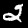
Label: 2